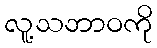
လူ့သဘာဝကို